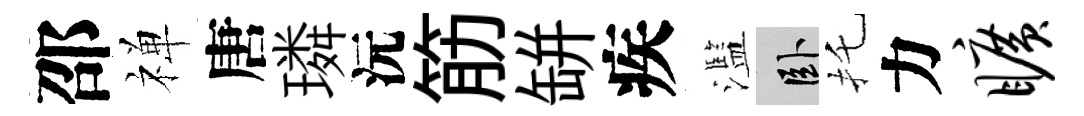
邵禅唐璘沅筋缾疾濫卧托力旷